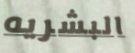
البشريه